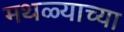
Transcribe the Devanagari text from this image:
मथळ्याच्या